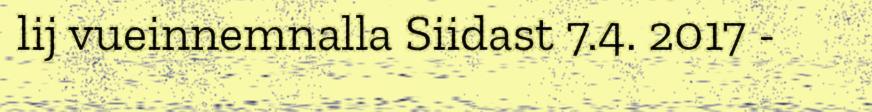
lij vueinnemnalla Siidast 7.4. 2017 -